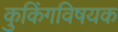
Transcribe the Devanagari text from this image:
कुकिंगविषयक